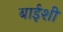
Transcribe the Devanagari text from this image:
बाईशी